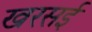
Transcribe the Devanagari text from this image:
खरसई